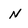
Character: n